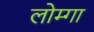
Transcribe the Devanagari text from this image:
लोम्गा